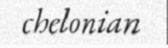
chelonian